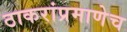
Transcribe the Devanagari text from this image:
ठाकरांप्रमाणेच